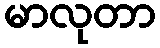
မာလုတာ